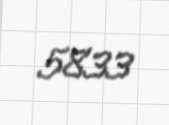
5833